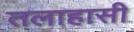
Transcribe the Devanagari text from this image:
तलाहासी